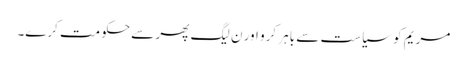
مریم کو سیاست سے باہر کرو اور ن لیگ پھر سے حکومت کرے۔